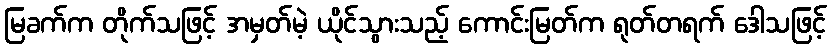
မြခက်က တိုက်သဖြင့် အမှတ်မဲ့ ယိုင်သွားသည့် ကောင်းမြတ်က ရုတ်တရက် ဒေါသဖြင့်